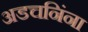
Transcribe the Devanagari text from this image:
अडचनिंना